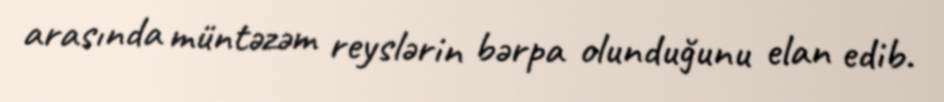
arasında müntəzəm reyslərin bərpa olunduğunu elan edib.